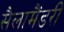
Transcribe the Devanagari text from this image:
सैलामैंडरी